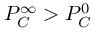
P _ { C } ^ { \infty } > P _ { C } ^ { 0 }